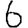
Digit: 6